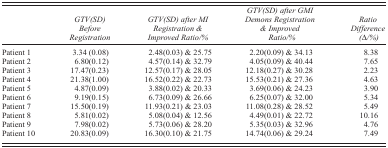
<table><thead><tr><td></td><td><b><i>GTV(SD) Before Registration</i></b></td><td><b><i>GTV(SD) after MI Registration &amp; Improved Ratio/%</i></b></td><td><b><i>GTV(SD) after GMI Demons Registration &amp; Improved Ratio/%</i></b></td><td><b><i>Ratio Difference (Δ/%)</i></b></td></tr></thead><tbody><tr><td>Patient 1</td><td>3.34 (0.08)</td><td>2.48(0.03) &amp; 25.75</td><td>2.20(0.09) &amp; 34.13</td><td>8.38</td></tr><tr><td>Patient 2</td><td>6.80(0.12)</td><td>4.57(0.14) &amp; 32.79</td><td>4.05(0.09) &amp; 40.44</td><td>7.65</td></tr><tr><td>Patient 3</td><td>17.47(0.23)</td><td>12.57(0.17) &amp; 28.05</td><td>12.18(0.27) &amp; 30.28</td><td>2.23</td></tr><tr><td>Patient 4</td><td>21.38(1.00)</td><td>16.52(0.22) &amp; 22.73</td><td>15.53(0.21) &amp; 27.36</td><td>4.63</td></tr><tr><td>Patient 5</td><td>4.87(0.09)</td><td>3.88(0.02) &amp; 20.33</td><td>3.69(0.06) &amp; 24.23</td><td>3.90</td></tr><tr><td>Patient 6</td><td>9.19(0.15)</td><td>6.73(0.09) &amp; 26.66</td><td>6.25(0.07) &amp; 32.00</td><td>5.34</td></tr><tr><td>Patient 7</td><td>15.50(0.19)</td><td>11.93(0.21) &amp; 23.03</td><td>11.08(0.28) &amp; 28.52</td><td>5.49</td></tr><tr><td>Patient 8</td><td>5.81(0.02)</td><td>5.08(0.04) &amp; 12.56</td><td>4.49(0.01) &amp; 22.72</td><td>10.16</td></tr><tr><td>Patient 9</td><td>7.98(0.02)</td><td>5.73(0.06) &amp; 28.20</td><td>5.35(0.03) &amp; 32.96</td><td>4.76</td></tr><tr><td>Patient 10</td><td>20.83(0.09)</td><td>16.30(0.10) &amp; 21.75</td><td>14.74(0.06) &amp; 29.24</td><td>7.49</td></tr></tbody></table>